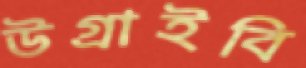
উগ্‌রাইবি